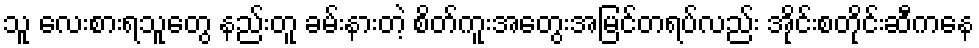
သူ လေးစားရသူတွေ နည်းတူ ခမ်းနားတဲ့ စိတ်ကူးအတွေးအမြင်တရပ်လည်း အိုင်းစတိုင်းဆီကနေ